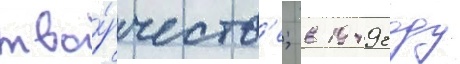
тво́рчеств'е; в 1949 году